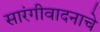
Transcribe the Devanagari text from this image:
सारंगीवादनाचे